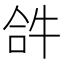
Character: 𤙖